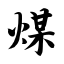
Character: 煤